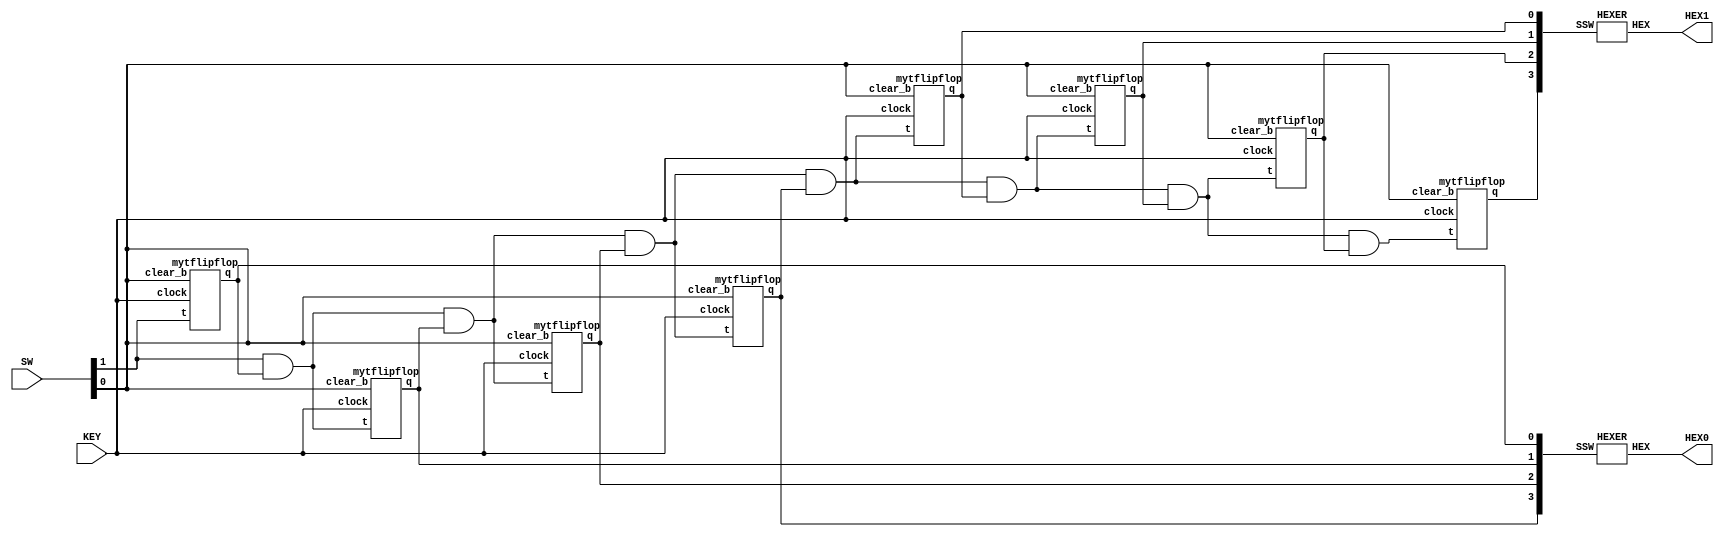
module part1(SW, KEY, HEX0, HEX1);
    input [1:0] SW;
	 input [0:0] KEY;	 
	 output [6:0] HEX0;
	 output [6:0] HEX1;
	 wire enable;
	 wire clear_b;
	 wire clock;
	 wire [7:0] t_t;
	 wire [3:0] h1;
	 wire [3:0] h2;
	 assign clock = KEY[0];
	 assign enable = SW[1];
	 assign clear_b = SW[0];
	 
	 mytflipflop t0(
	       .t(enable),
			 .q(t_t[7]),
			 .clock(clock),
			 .clear_b(clear_b)
			 );
			 
	 mytflipflop t1(
	       .t(enable & t_t[7]),
			 .q(t_t[6]),
			 .clock(clock),
			 .clear_b(clear_b)
			 );
	 
	 mytflipflop t2(
	       .t(enable & t_t[7] & t_t[6]),
			 .q(t_t[5]),
			 .clock(clock),
			 .clear_b(clear_b)
			 );

	 mytflipflop t3(
	       .t(enable & t_t[7] & t_t[6] & t_t[5]),
			 .q(t_t[4]),
			 .clock(clock),
			 .clear_b(clear_b)
			 );
		
	 mytflipflop t4(
	       .t(enable & t_t[7] & t_t[6] & t_t[5] & t_t[4]),
			 .q(t_t[3]),
			 .clock(clock),
			 .clear_b(clear_b)
			 );
		
	 mytflipflop t5(
	       .t(enable & t_t[7] & t_t[6] & t_t[5] & t_t[4]& t_t[3]),
			 .q(t_t[2]),
			 .clock(clock),
			 .clear_b(clear_b)
			 );
			 
	 mytflipflop t6(
	       .t(enable & t_t[7] & t_t[6] & t_t[5] & t_t[4]& t_t[3] & t_t[2]),
			 .q(t_t[1]),
			 .clock(clock),
			 .clear_b(clear_b)
			 );
			 
	 mytflipflop t7(
	       .t(enable & t_t[7] & t_t[6] & t_t[5] & t_t[4]& t_t[3] & t_t[2] & t_t[1]),
			 .q(t_t[0]),
			 .clock(clock),
			 .clear_b(clear_b)
			 );
			 
	 assign h1 = {t_t[4], t_t[5], t_t[6], t_t[7]};
	 assign h2 = {t_t[0], t_t[1], t_t[2], t_t[3]};
			 
	 HEXER H0(
        .SSW(h1),
        .HEX(HEX0[6:0])
        );
		  
    HEXER H1(
	     .SSW(h2),
        .HEX(HEX1[6:0])
        );
	 
endmodule


module HEXER(HEX, SSW);
    input [3:0] SSW;
    output [6:0] HEX;
	 
	 assign HEX[0] = (~SSW[3] & ~SSW[2] & ~SSW[1] & SSW[0]) | (~SSW[3] & SSW[2] & ~SSW[1] & ~SSW[0]) | (SSW[3] & ~SSW[2] & SSW[1] & SSW[0]) | (SSW[3] & SSW[2] & ~SSW[1] & SSW[0]);
	 assign HEX[1] = (SSW[3] & SSW[2] & ~SSW[0]) | (SSW[3] & SSW[1] & SSW[0]) | (SSW[2] & SSW[1] & ~SSW[0]) | (~SSW[3] & SSW[2] & ~SSW[1] & SSW[0]);
	 assign HEX[2] = (SSW[3] & SSW[2] & ~SSW[0]) | (SSW[3] & SSW[2] & SSW[1]) | (~SSW[3] & ~SSW[2] & SSW[1] & ~SSW[0]);
	 assign HEX[3] = (~SSW[3] & SSW[2] & ~SSW[1] & ~SSW[0]) | (~SSW[3] & ~SSW[2] & ~SSW[1] & SSW[0]) | (SSW[2] & SSW[1] & SSW[0]) | (SSW[3] & ~SSW[2] & SSW[1] & ~SSW[0]);
	 assign HEX[4] = (~SSW[3] & SSW[0]) | (~SSW[3] & SSW[2] & ~SSW[1]) | (~SSW[2] & ~SSW[1] & SSW[0]);
	 assign HEX[5] = (SSW[3] & SSW[2] & ~SSW[1] & SSW[0]) | (~SSW[3] & ~SSW[2] & SSW[0]) | (~SSW[3] & ~SSW[2] & SSW[1]) | (~SSW[3] & SSW[1] & SSW[0]);
	 assign HEX[6] = (~SSW[3] & ~SSW[2] & ~SSW[1]) | (~SSW[3] & SSW[2] & SSW[1] & SSW[0]) | (SSW[3] & SSW[2] & ~SSW[1] & ~SSW[0]);
	 
endmodule


module mytflipflop(t, q, clock, clear_b);
    input t;
	 input clock;
	 input clear_b;
	 output reg q;
	 wire d;
	 assign d = (~ t & q) | (~ q & t);
	 
	 always @(posedge clock, negedge clear_b)
	 begin
	     if (clear_b == 1'b0)
		  
		      q <= 1'b0;		
		  
		  else
		  
		      q <= d;
	 end
endmodule